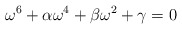
\begin{align*}\omega^6+\alpha\omega^4+\beta\omega^2+\gamma=0\end{align*}